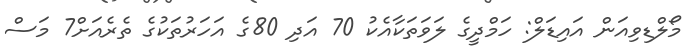
މޯލްޑިވިއަން އައިޑަލް: ހަމްދީގެ ލަވަތަކާއެކު 70 އަދި 80ގެ އަހަރުތަކުގެ ތެރެއަށް7 މަސް